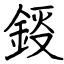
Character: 鋄